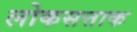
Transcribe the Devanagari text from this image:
लोकसत्ताक